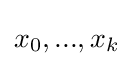
x_{0},...,x_{k}